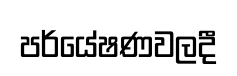
පර්යේෂණවලදී